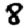
Digit: 8